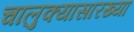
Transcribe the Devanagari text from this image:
चालुक्यासारख्या